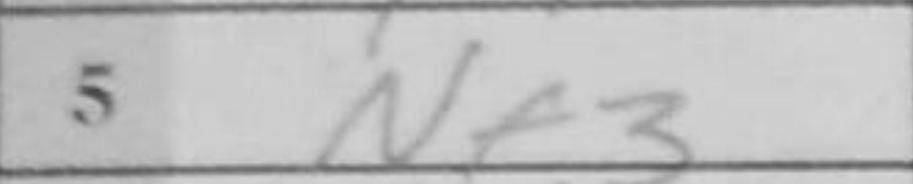
Transcription: Nf3